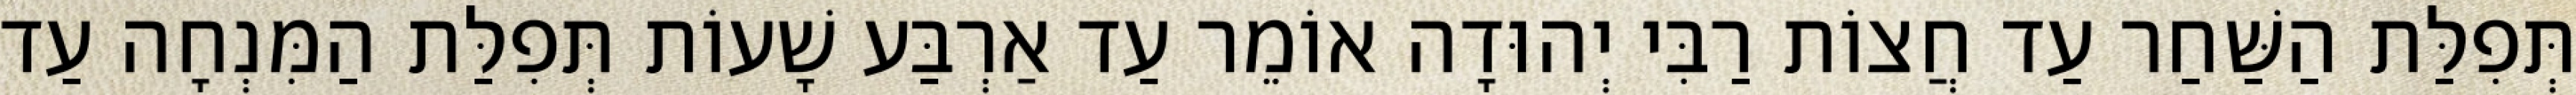
תְּפִלַּת הַשַּׁחַר עַד חֲצוֹת רַבִּי יְהוּדָה אוֹמֵר עַד אַרְבַּע שָׁעוֹת תְּפִלַּת הַמִּנְחָה עַד